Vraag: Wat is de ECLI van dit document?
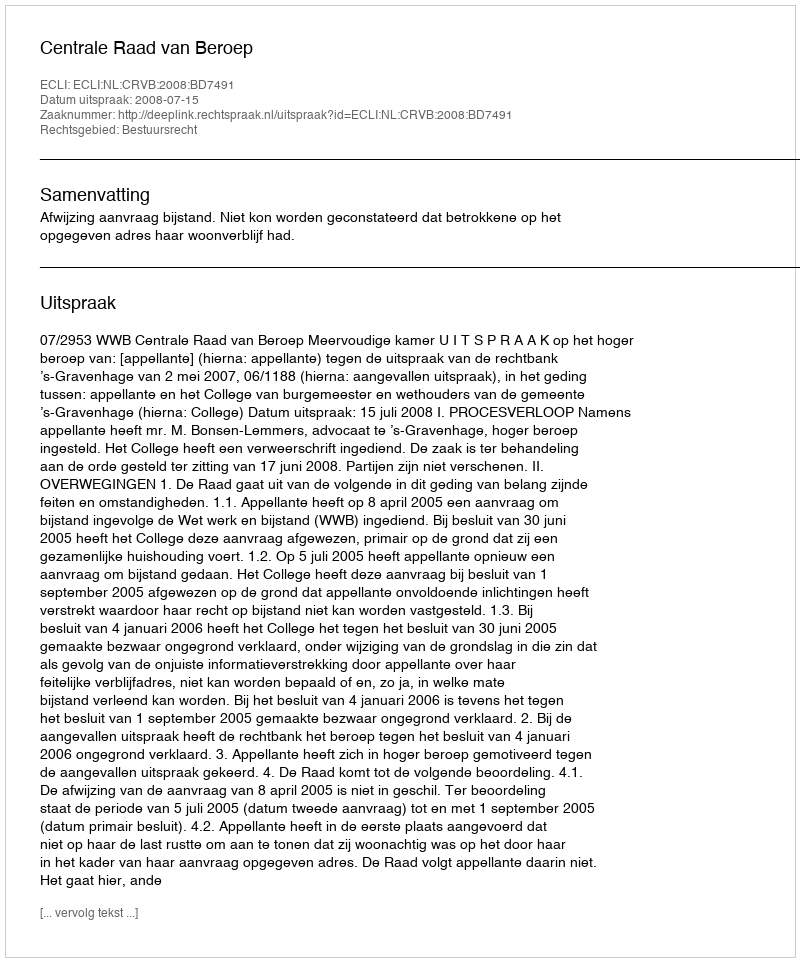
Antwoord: ECLI:NL:CRVB:2008:BD7491